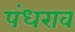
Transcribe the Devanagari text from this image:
पंधराव